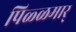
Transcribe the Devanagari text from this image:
पिळ्ळमार्